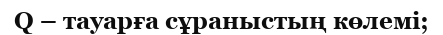
Q – тауарға сұраныстың көлемі;